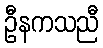
ဦနကသညီ